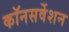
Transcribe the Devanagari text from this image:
कॉनसर्वेशन